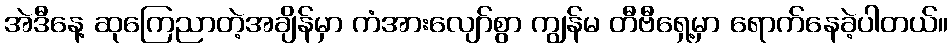
အဲဒီနေ့ ဆုကြေညာတဲ့အချိန်မှာ ကံအားလျော်စွာ ကျွန်မ တီဗီရှေ့မှာ ရောက်နေခဲ့ပါတယ်။